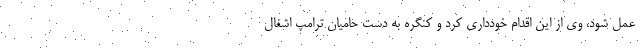
عمل شود، وی از این اقدام خودداری کرد و کنگره به دست حامیان ترامپ اشغال